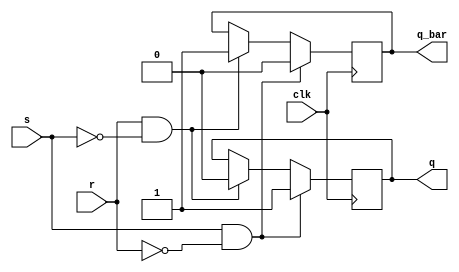
module sr_flipflop (
    input wire clk,
    input wire s,
    input wire r,
    output reg q,
    output reg q_bar
);

always @(posedge clk) begin
    if (s && !r) begin
        q <= 1'b1;
        q_bar <= 1'b0;
    end else if (r && !s) begin
        q <= 1'b0;
        q_bar <= 1'b1;
    end
end

endmodule